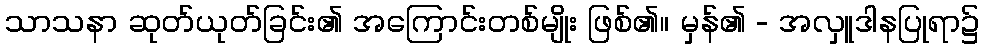
သာသနာ ဆုတ်ယုတ်ခြင်း၏ အကြောင်းတစ်မျိုး ဖြစ်၏။ မှန်၏ - အလှူဒါနပြုရာ၌